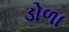
ડોળા